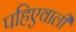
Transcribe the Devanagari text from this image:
पहिएवाली